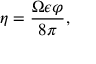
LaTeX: \eta = \frac { \Omega \epsilon \varphi } { 8 \pi } ,